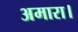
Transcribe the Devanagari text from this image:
अमारा।